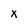
Character: X